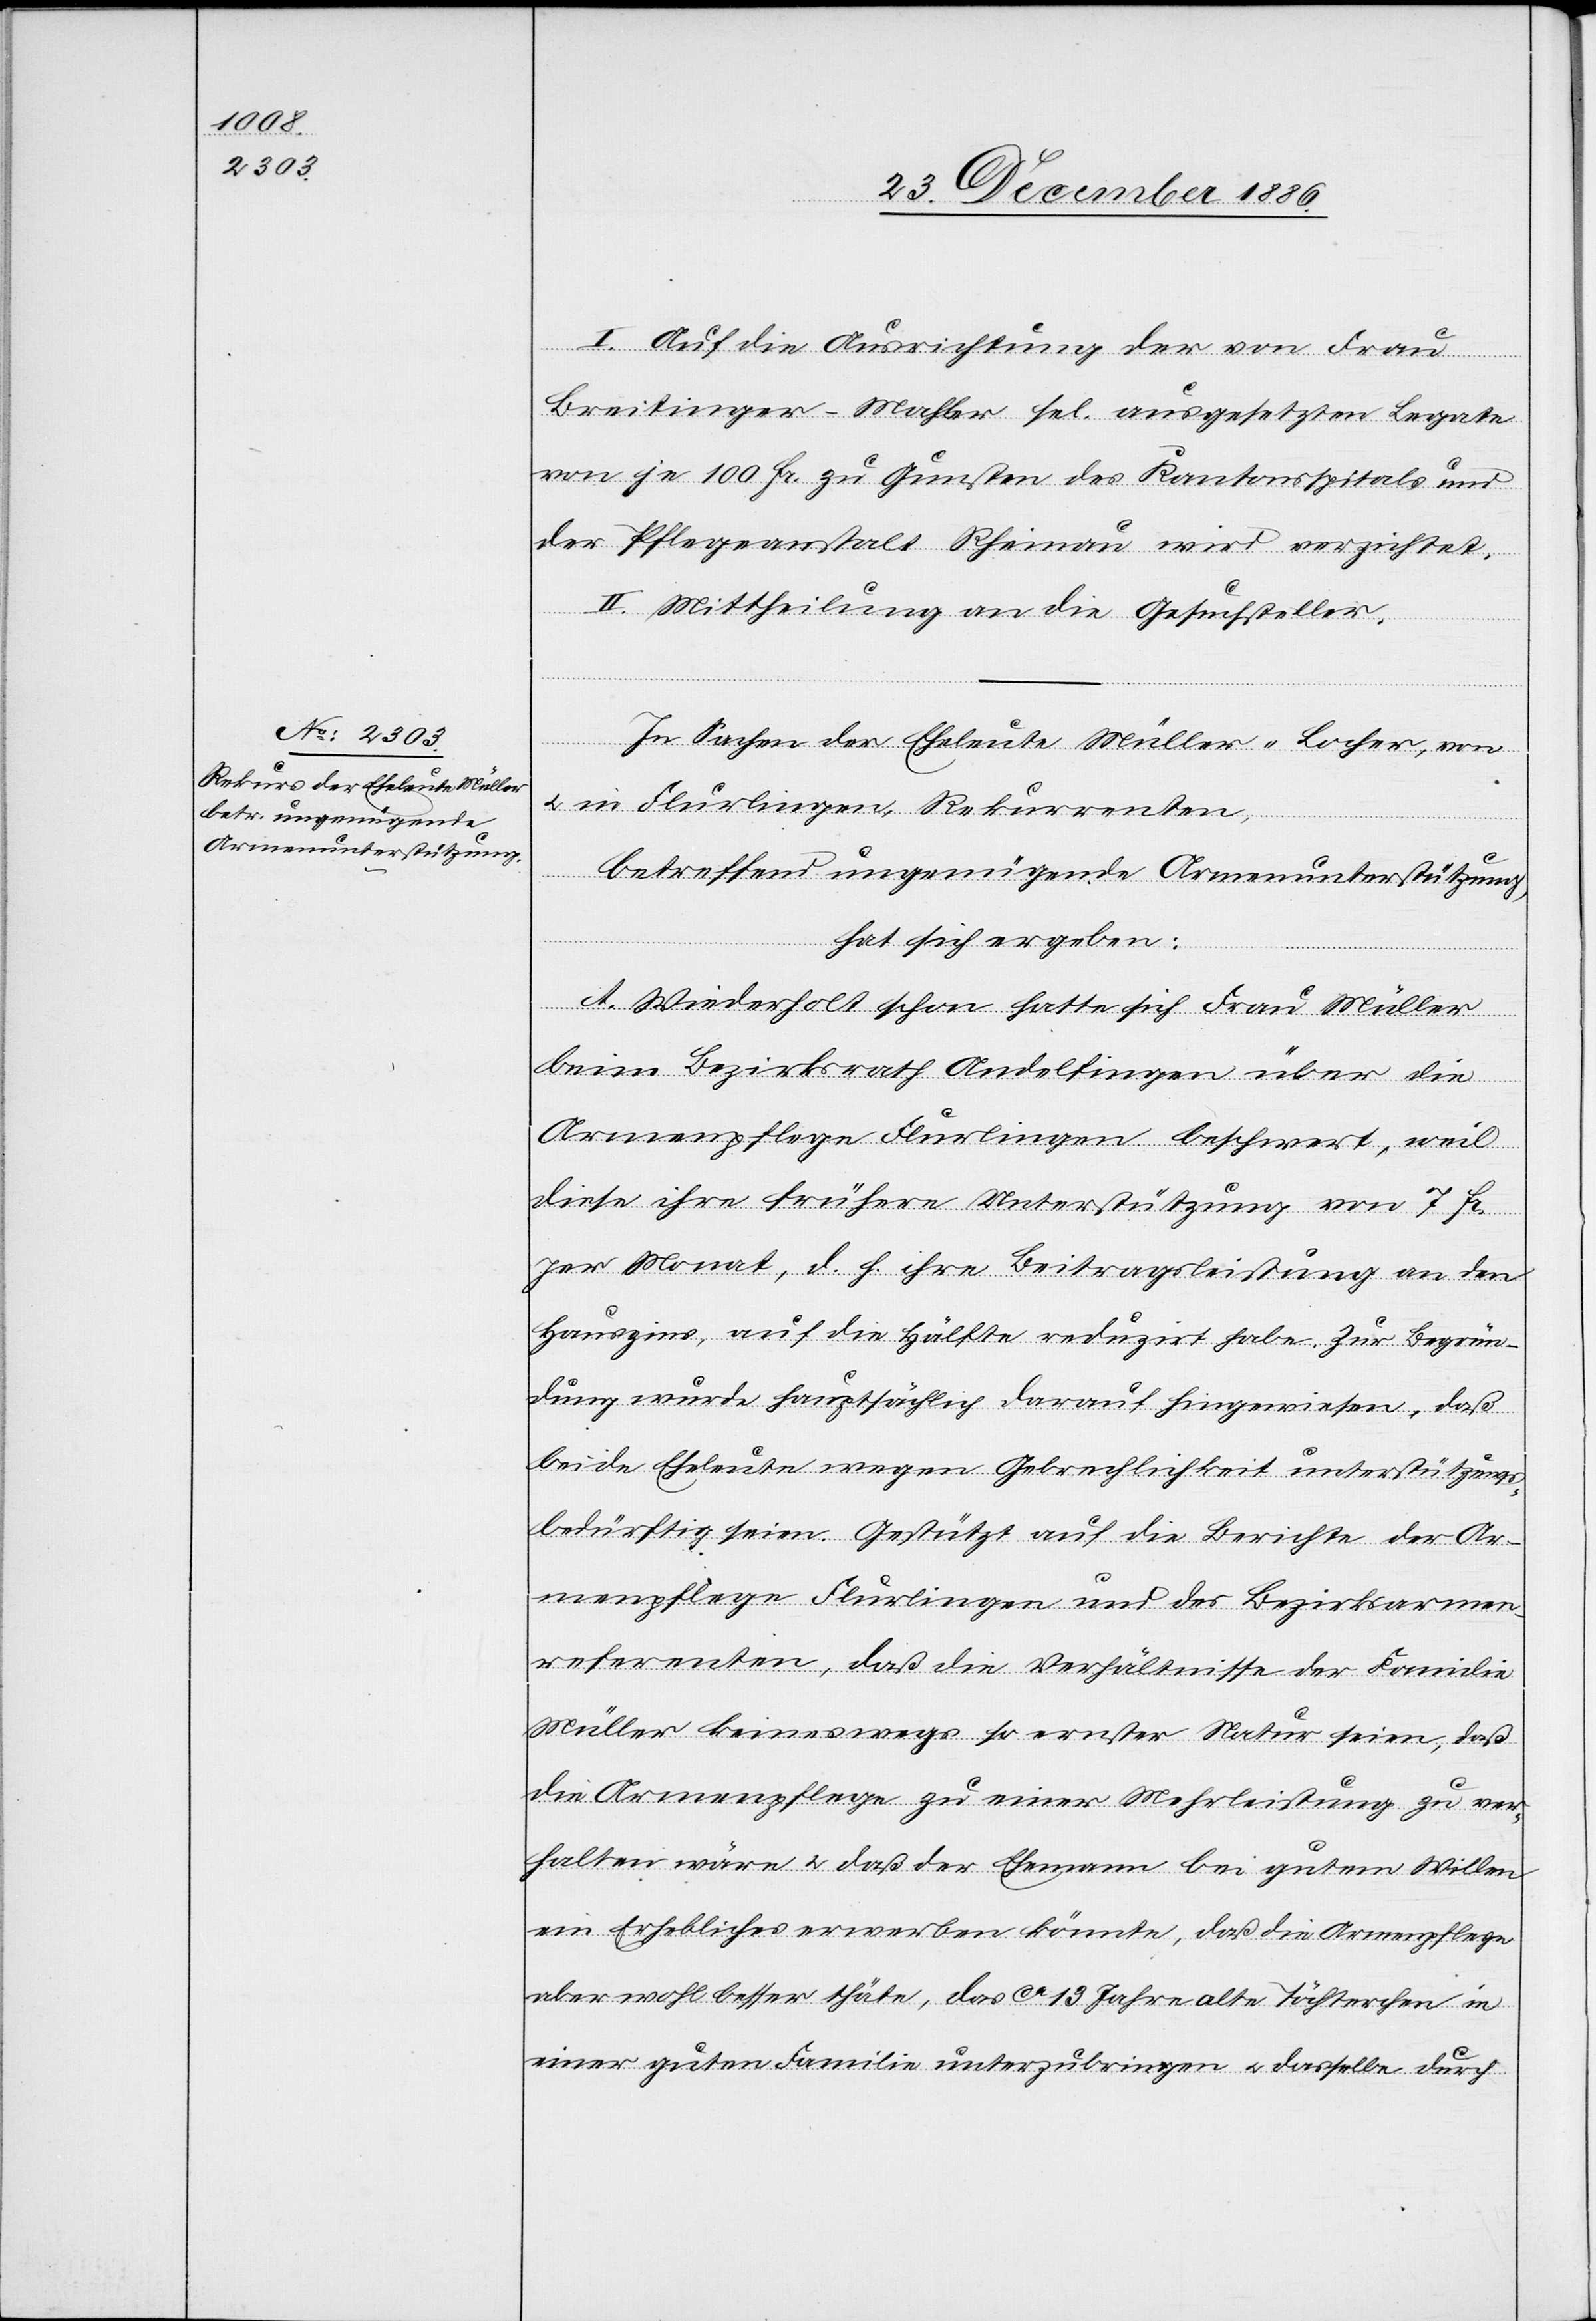
I. Auf die Ausrichtung der von Frau
Breitinger-Mahler sel. ausgesetzten Legate
von je 100 Fr. zu Gunsten des Kantonsspitals und
der Pflegeanstalt Rheinau wird verzichtet.
II. Mittheilung an die Gesuchsteller.
In Sachen der Eheleute Müller-Locher, von
& in Flurlingen, Rekurrenten,
betreffend ungenügende Armenunterstützung,
hat sich ergeben:
A. Wiederholt schon hatte sich Frau Müller
beim Bezirksrath Andelfingen über die
Armenpflege Flurlingen beschwert, weil
diese ihre frühere Unterstützung von 7 Fr.
per Monat, d. h. ihre Beitragsleistung an den
Hauszins, auf die Hälfte reduzirt habe. Zur Begrün¬
dung wurde hauptsächlich darauf hingewiesen, daß
beide Eheleute wegen Gebrechlichkeit unterstützungs¬
bedürftig seien. Gestützt auf die Berichte der Ar¬
menpflege Flurlingen und der Bezirksarmen¬
referenten, daß die Verhältnisse der Familie
Müller keineswegs so ernster Natur seien, daß
die Armenpflege zu einer Mehrleistung zu ver¬
halten wäre & daß der Ehemann bei gutem Willen
ein Erhebliches erwerben könnte, daß die Armenpflege
aber wohl besser thäte, das ca 13 Jahre alte Töchterchen in
einer guten Familie unterzubringen & dasselbe durch